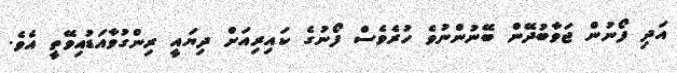
އަދި ފޯނުން ޖަވާބުދޭން ބޭނުންނުވެ ހުރެވެސް ފޯނުގެ ކައިރިއަށް ދިޔައީ ރިންގުވާއަޑުއިވޭތީ އެވެ.